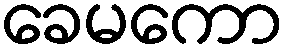
ခေမကော